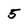
Character: 5